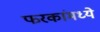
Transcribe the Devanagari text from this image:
फरकांमध्ये